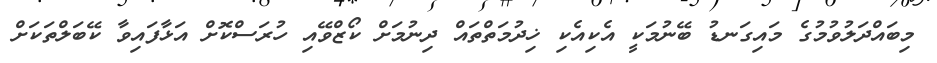
މިބައްދަލުވުމުގެ މައިގަނޑު ބޭނުމަކީ އެކިއެކި ޚިދުމަތްތައް ދިނުމަށް ކޯޒްވޭއި ހުރަސްކޮށް އަޅާފައިވާ ކޭބަލްތަކަށް